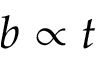
b \propto t